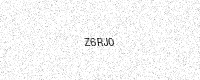
Text: Z6RJ0